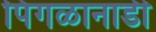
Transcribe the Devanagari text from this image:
पिंगळानाडी